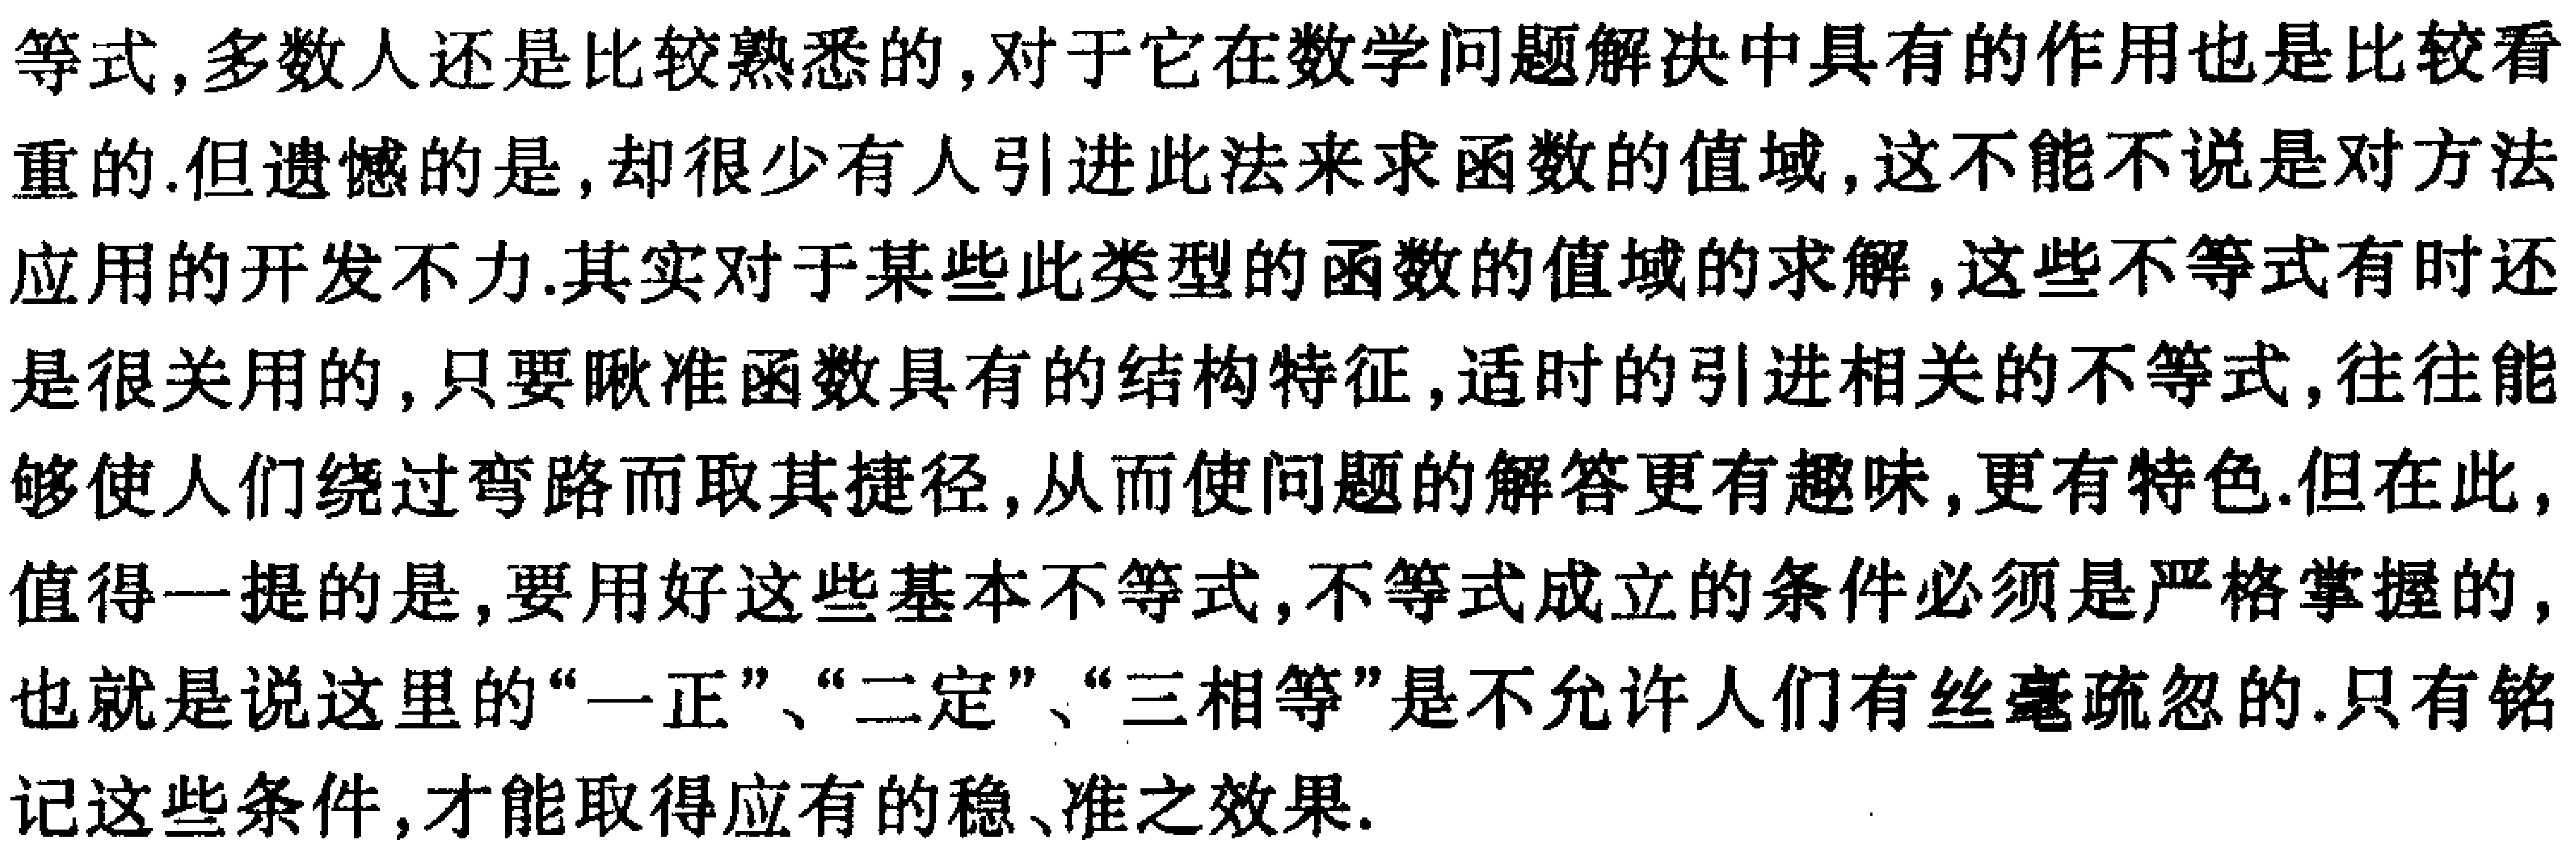
等式,多数人还是比较熟悉的,对于它在数学问题解决中具有的作用也是比较看重的.但遗憾的是,却很少有人引进此法来求函数的值域,这不能不说是对方法应用的开发不力.其实对于某些此类型的函数的值域的求解,这些不等式有时还是很关用的,只要瞅准函数具有的结构特征,适时的引进相关的不等式,往往能够使人们绕过弯路而取其捷径,从而使问题的解答更有趣味,更有特色.但在此,值得一提的是,要用好这些基本不等式,不等式成立的条件必须是严格掌握的,也就是说这里的“一正”、“二定”、“三相等”是不允许人们有丝毫疏忽的.只有铭记这些条件,才能取得应有的稳、准之效果.